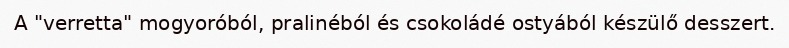
A "verretta" mogyoróból, pralinéból és csokoládé ostyából készülő desszert.